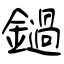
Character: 鐹